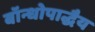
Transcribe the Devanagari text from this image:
बॉन्धोपाद्धैय